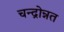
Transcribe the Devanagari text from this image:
चन्द्रोन्नत